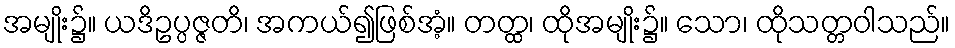
အမျိုး၌။ ယဒိဥပ္ပဇ္ဇတိ၊ အကယ်၍ဖြစ်အံ့။ တတ္ထ၊ ထိုအမျိုး၌။ သော၊ ထိုသတ္တဝါသည်။